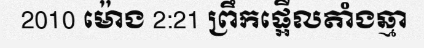
2010 ម៉ោង 2:21 ព្រឹកផ្អើលតាំងឆ្មា